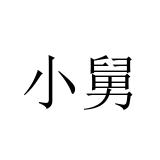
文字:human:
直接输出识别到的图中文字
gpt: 小舅